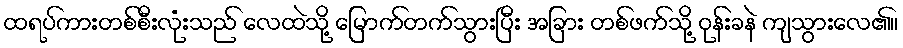
ထရပ်ကားတစ်စီးလုံးသည် လေထဲသို့ မြောက်တက်သွားပြီး အခြား တစ်ဖက်သို့ ဝုန်းခနဲ ကျသွားလေ၏။